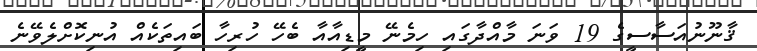
ޤާނޫނުއަސާސީގެ 19 ވަނަ މާއްދާގައި ހިމެނޭ މީޑިއާއާ ބެހޭ ހުރިހާ ބައިތަކެއް އުނިކޮށްލެވޭނެ